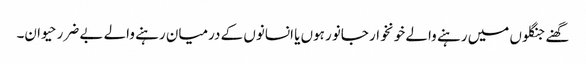
گھنے جنگلوں میں رہنے والے خونخوار جانور ہوں یا انسانوں کے درمیان رہنے والے بے ضرر حیوان۔